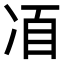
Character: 𠗍